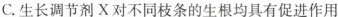
C.生长调节剂X对不同枝条的生根均具有促进作用